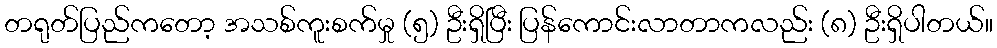
တရုတ်ပြည်ကတော့ အသစ်ကူးစက်မှု (၅) ဦးရှိပြီး ပြန်ကောင်းလာတာကလည်း (၈) ဦးရှိပါတယ်။